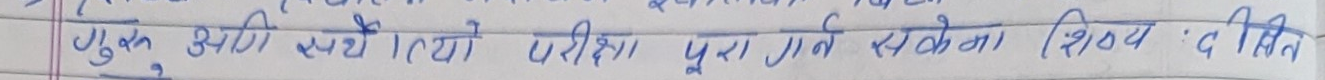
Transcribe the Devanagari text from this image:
जुकुले सनि स्पष्ट दियो परीक्षा पूरा गर्न सकेना विषय द मिलि